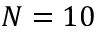
N = 1 0